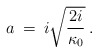
\begin{align*}a \> = \>i \sqrt{\frac{2 i}{\kappa_0}} \> .\end{align*}